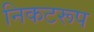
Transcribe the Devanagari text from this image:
निकटरूप